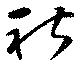
社